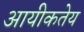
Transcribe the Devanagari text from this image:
आयीकतेय